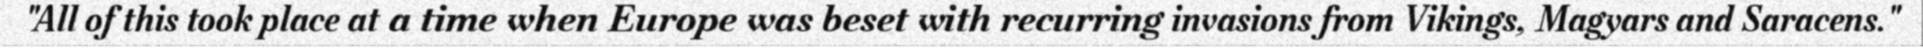
"All of this took place at a time when Europe was beset with recurring invasions from Vikings, Magyars and Saracens."